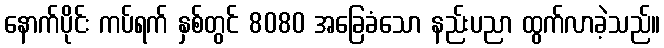
နောက်ပိုင်း ကပ်ရက် နှစ်တွင် 8080 အခြေခံသော နည်းပညာ ထွက်လာခဲ့သည်။